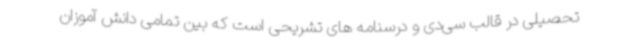
تحصیلی در قالب سی‌دی و درسنامه های تشریحی است که بین تمامی دانش آموزان